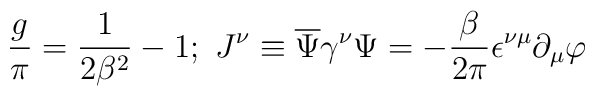
\frac{g}{\pi }=\frac{1}{2\beta ^{2}}-1;\ J^{\nu }\equiv \overline{\Psi }\gamma ^{\nu }\Psi =-\frac{\beta }{2\pi }\epsilon ^{\nu \mu }\partial _{\mu}\varphi